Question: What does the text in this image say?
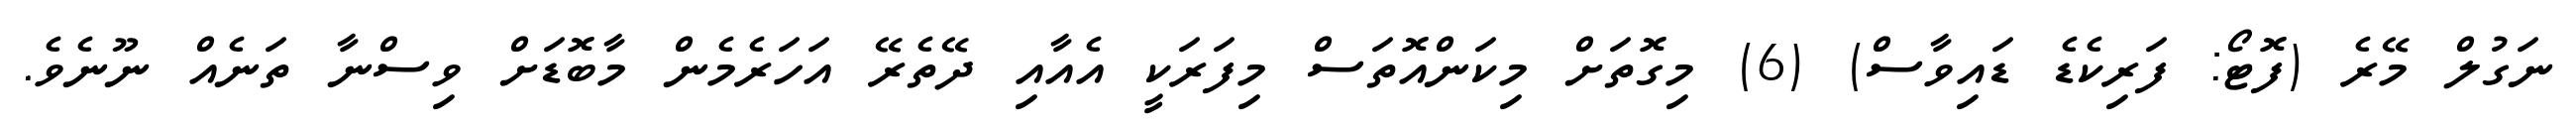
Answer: ނަގުލް މޭރެ (ފޮޓޯ: ފަރިކެޑެ ޑައިވާސް) (6) މިގޮތަށް މިކަންއޮތަސް މިފަރަކީ އެއާއި ދޭތެރޭ އަހަރެމެން މާބޮޑަށް ވިސްނާ ތަނެއް ނޫނެވެ.